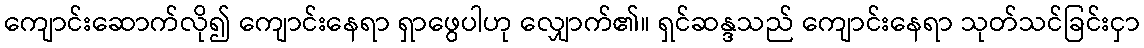
ကျောင်းဆောက်လို၍ ကျောင်းနေရာ ရှာဖွေပါဟု လျှောက်၏။ ရှင်ဆန္ဒသည် ကျောင်းနေရာ သုတ်သင်ခြင်းငှာ